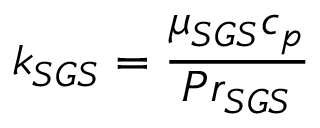
k _ { S G S } = \frac { \mu _ { S G S } c _ { p } } { P r _ { S G S } }